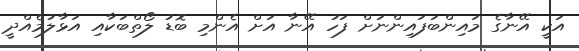
އަކީ އޭނާގެ މައިންބަފައިންނަށް ފަހު އޭނާ އަށް އެންމި ބޮޑު ލޯތްބަކާއި އަޅާލުމެއްދީ